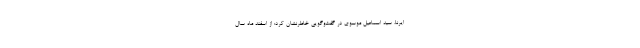
ایرنا، سید اسماعیل موسوی در گفت‌وگویی خاطرنشان کرد: از اسفند ماه سال